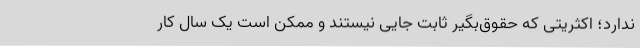
ندارد؛ اکثریتی که حقوق‌بگیر ثابت جایی نیستند و ممکن است یک سال کار